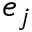
e _ { j }